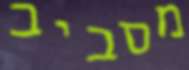
מסביב